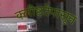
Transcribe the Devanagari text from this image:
क्लीष्टतेपासून